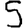
Digit: 5